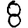
Digit: 8